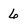
Character: 6